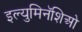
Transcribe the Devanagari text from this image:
इल्युमिनॅशिओ